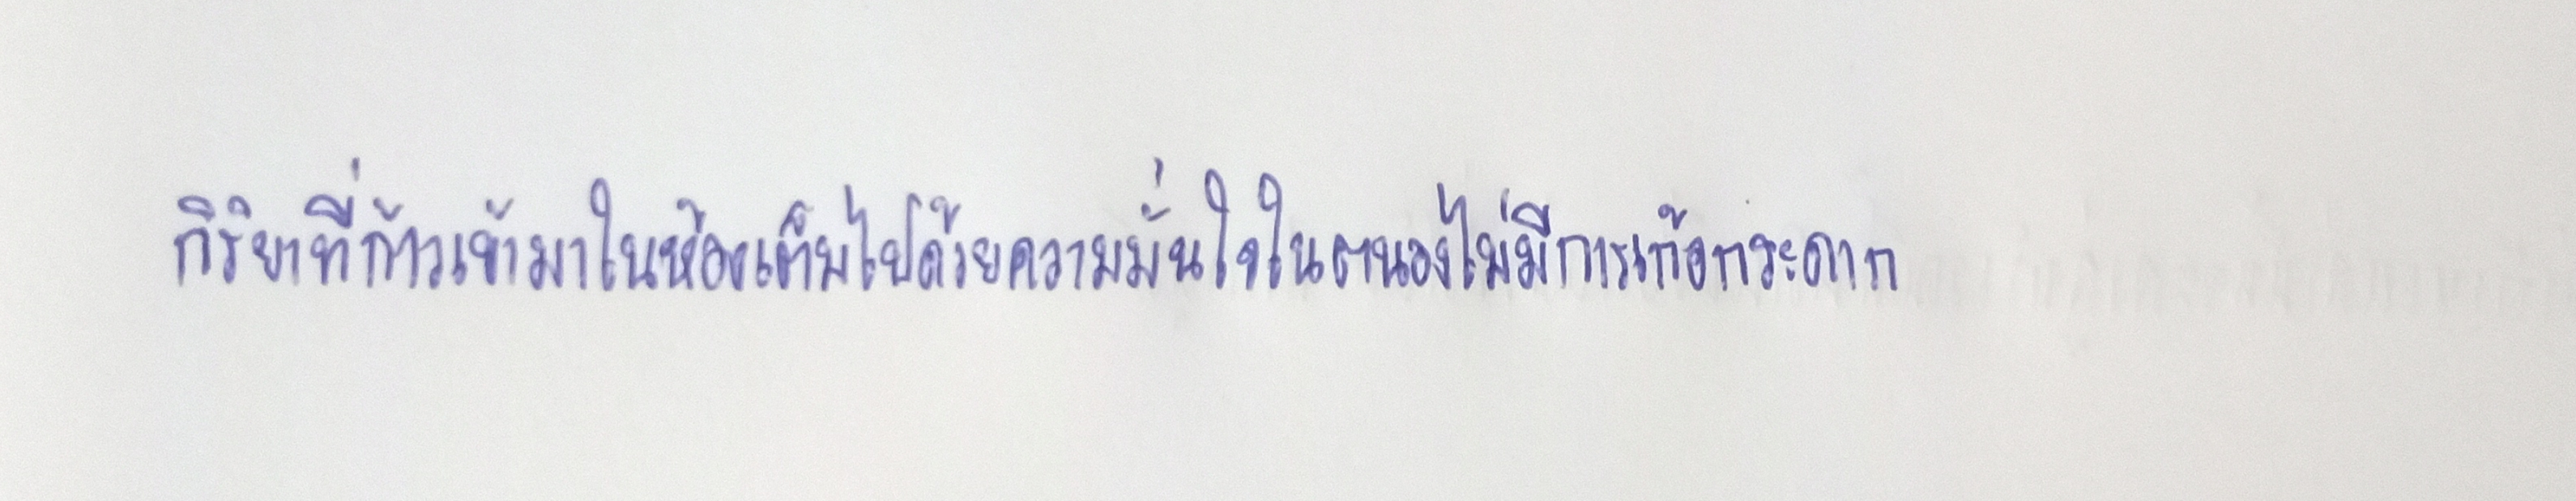
กิริยาที่ก้าวเข้ามาในห้องเต็มไปด้วยความมั่นใจในตนองไม่มีการเก้อกระดาก